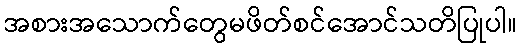
အစားအသောက်တွေမဖိတ်စင်အောင်သတိပြုပါ။